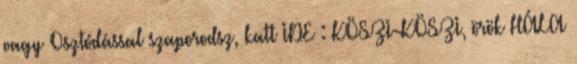
vagy Osztódással szaporodsz, katt IDE : KÖSZI-KÖSZI, örök HÁLA